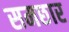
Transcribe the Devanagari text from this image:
समछार